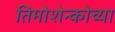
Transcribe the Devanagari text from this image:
तिमोशेन्कोच्या